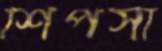
শিপসা